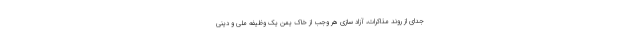
جدای از روند مذاکرات، آزاد سازی هر وجب از خاک یمن یک وظیفه ملی و دینی